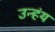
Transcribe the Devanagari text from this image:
उन्हंय